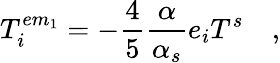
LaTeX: T_{i}^{em_{1}}=-\frac{4}{5}\frac{\alpha}{\alpha_{s}}e_{i}T^{s}\quad,